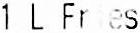
1 L FRIES